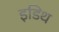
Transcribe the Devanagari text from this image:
इडिथ